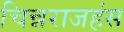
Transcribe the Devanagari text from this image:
चिन्नराजहंस